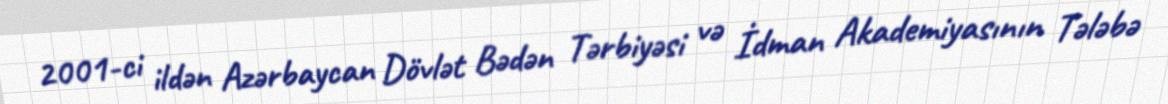
2001-ci ildən Azərbaycan Dövlət Bədən Tərbiyəsi və İdman Akademiyasının Tələbə